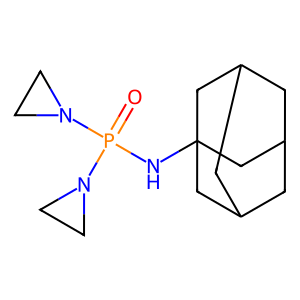
SMILES: O=P(NC12CC3CC(CC(C3)C1)C2)(N1CC1)N1CC1
Inhibits HIV replication: No